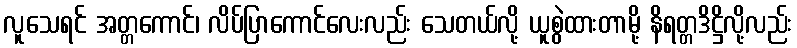
လူသေရင် အတ္တကောင်၊ လိပ်ပြာကောင်လေးလည်း သေတယ်လို့ ယူစွဲထားတာမို့ နိရတ္တဒိဋ္ဌိလို့လည်း